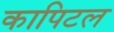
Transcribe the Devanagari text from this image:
कापिटल